Leaving Certificate, 1899
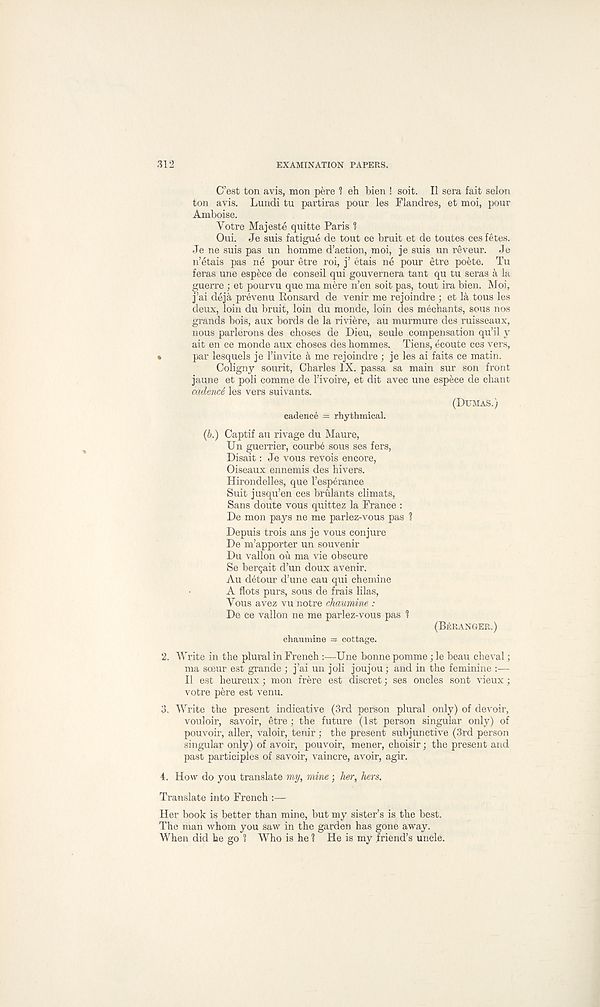
312
EXAMINATION PAPERS.
C’est ton avis, mon pere 1 eh bien ! soit. II sera fait selon
ton avis. Lundi tu partiras pour les Flandres, et moi, pour
Amboise.
Yotre Majeste quitte Paris 1
Oui. Je suis fatigue de tout ce bruit et de toutes ces fetes.
Je ne suis pas un homme d’action, moi, je suis un reveur. Je
n’etais pas ne pour etre roi, j’ etais ne pour etre poete. Tu
feras une espece de conseil qui gouvernera tant qu tu seras a la
guerre ; et pourvu que ma mere n’en soit pas, tout ira bien. Moi,
j’ai deja prevenu Ronsard de venir me rejoindre ; et la tous les
deux, loin du bruit, loin du monde, loin des meehants, sous nos
grands bois, aux bords de la riviere, au murmure des ruisseaux,
nous parlerons des choses de Dieu, seule compensation qu’il y
ait en ce monde aux choses des hommes. Tiens, ecoute ces vers,
•
par lesquels je 1’invite a me rejoindre ; je les ai faits ce matin.
Coligny sourit, Charles IX. passa sa main sur son front
jaune et poli comme de 1’ivoire, et dit avec une espece de chant
cadenct les vers suivants.
(DUMAS.)
cadence = rhythmical.
(b.) Captif au rivage du Maure,
Un guerrier, courbe sous ses fers,
Disait: Je vous revois encore,
Oiseaux ennemis des hivers.
Hirondelles, que Tesperance
Suit jusqu’en ces brulants climats,
Sans doute vous quittez la France :
De mon pays ne me parlez-vous pas ?
Depuis trois ans je vous conjure
De m’apporter un souvenir
Du vallon ou ma vie obscure
Se bergait d’un doux avenir.
Au detour d’une eau qui chemine
A flots purs, sous de frais Idas,
Vous avez vu notre cJiaumine :
De ce vallon ne me parlez-vous pas 1
(BERANGER.)
chaumine = cottage.
2. Write in the plural in French :—Une bonne pomme; le beau cheval;
ma sceur est grande ; j’ai un joli joujou; and in the feminine :—
II est heureux; mon frere est discret; ses oncles sont vieux ;
votre pere est venu.
3. Write the present indicative (3rd person plural only) of devoir,
vouloir, savoir, estre; the future (1st person singular only) of
pouvoir, aller, valoir, tenir ; the present subjunctive (3rd person
singular only) of avoir, pouvoir, mener, choisir; the present and
past participles of savoir, vaincre, avoir, agir.
4. How do you translate my, mine j her, hers.
Translate into French :—
Her book is better than mine, but my sister’s is the best.